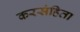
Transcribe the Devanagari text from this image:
करसंहिता